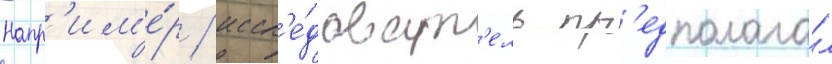
Напр'им'е́р / иссл'е́доват'ель пр'едполага́л